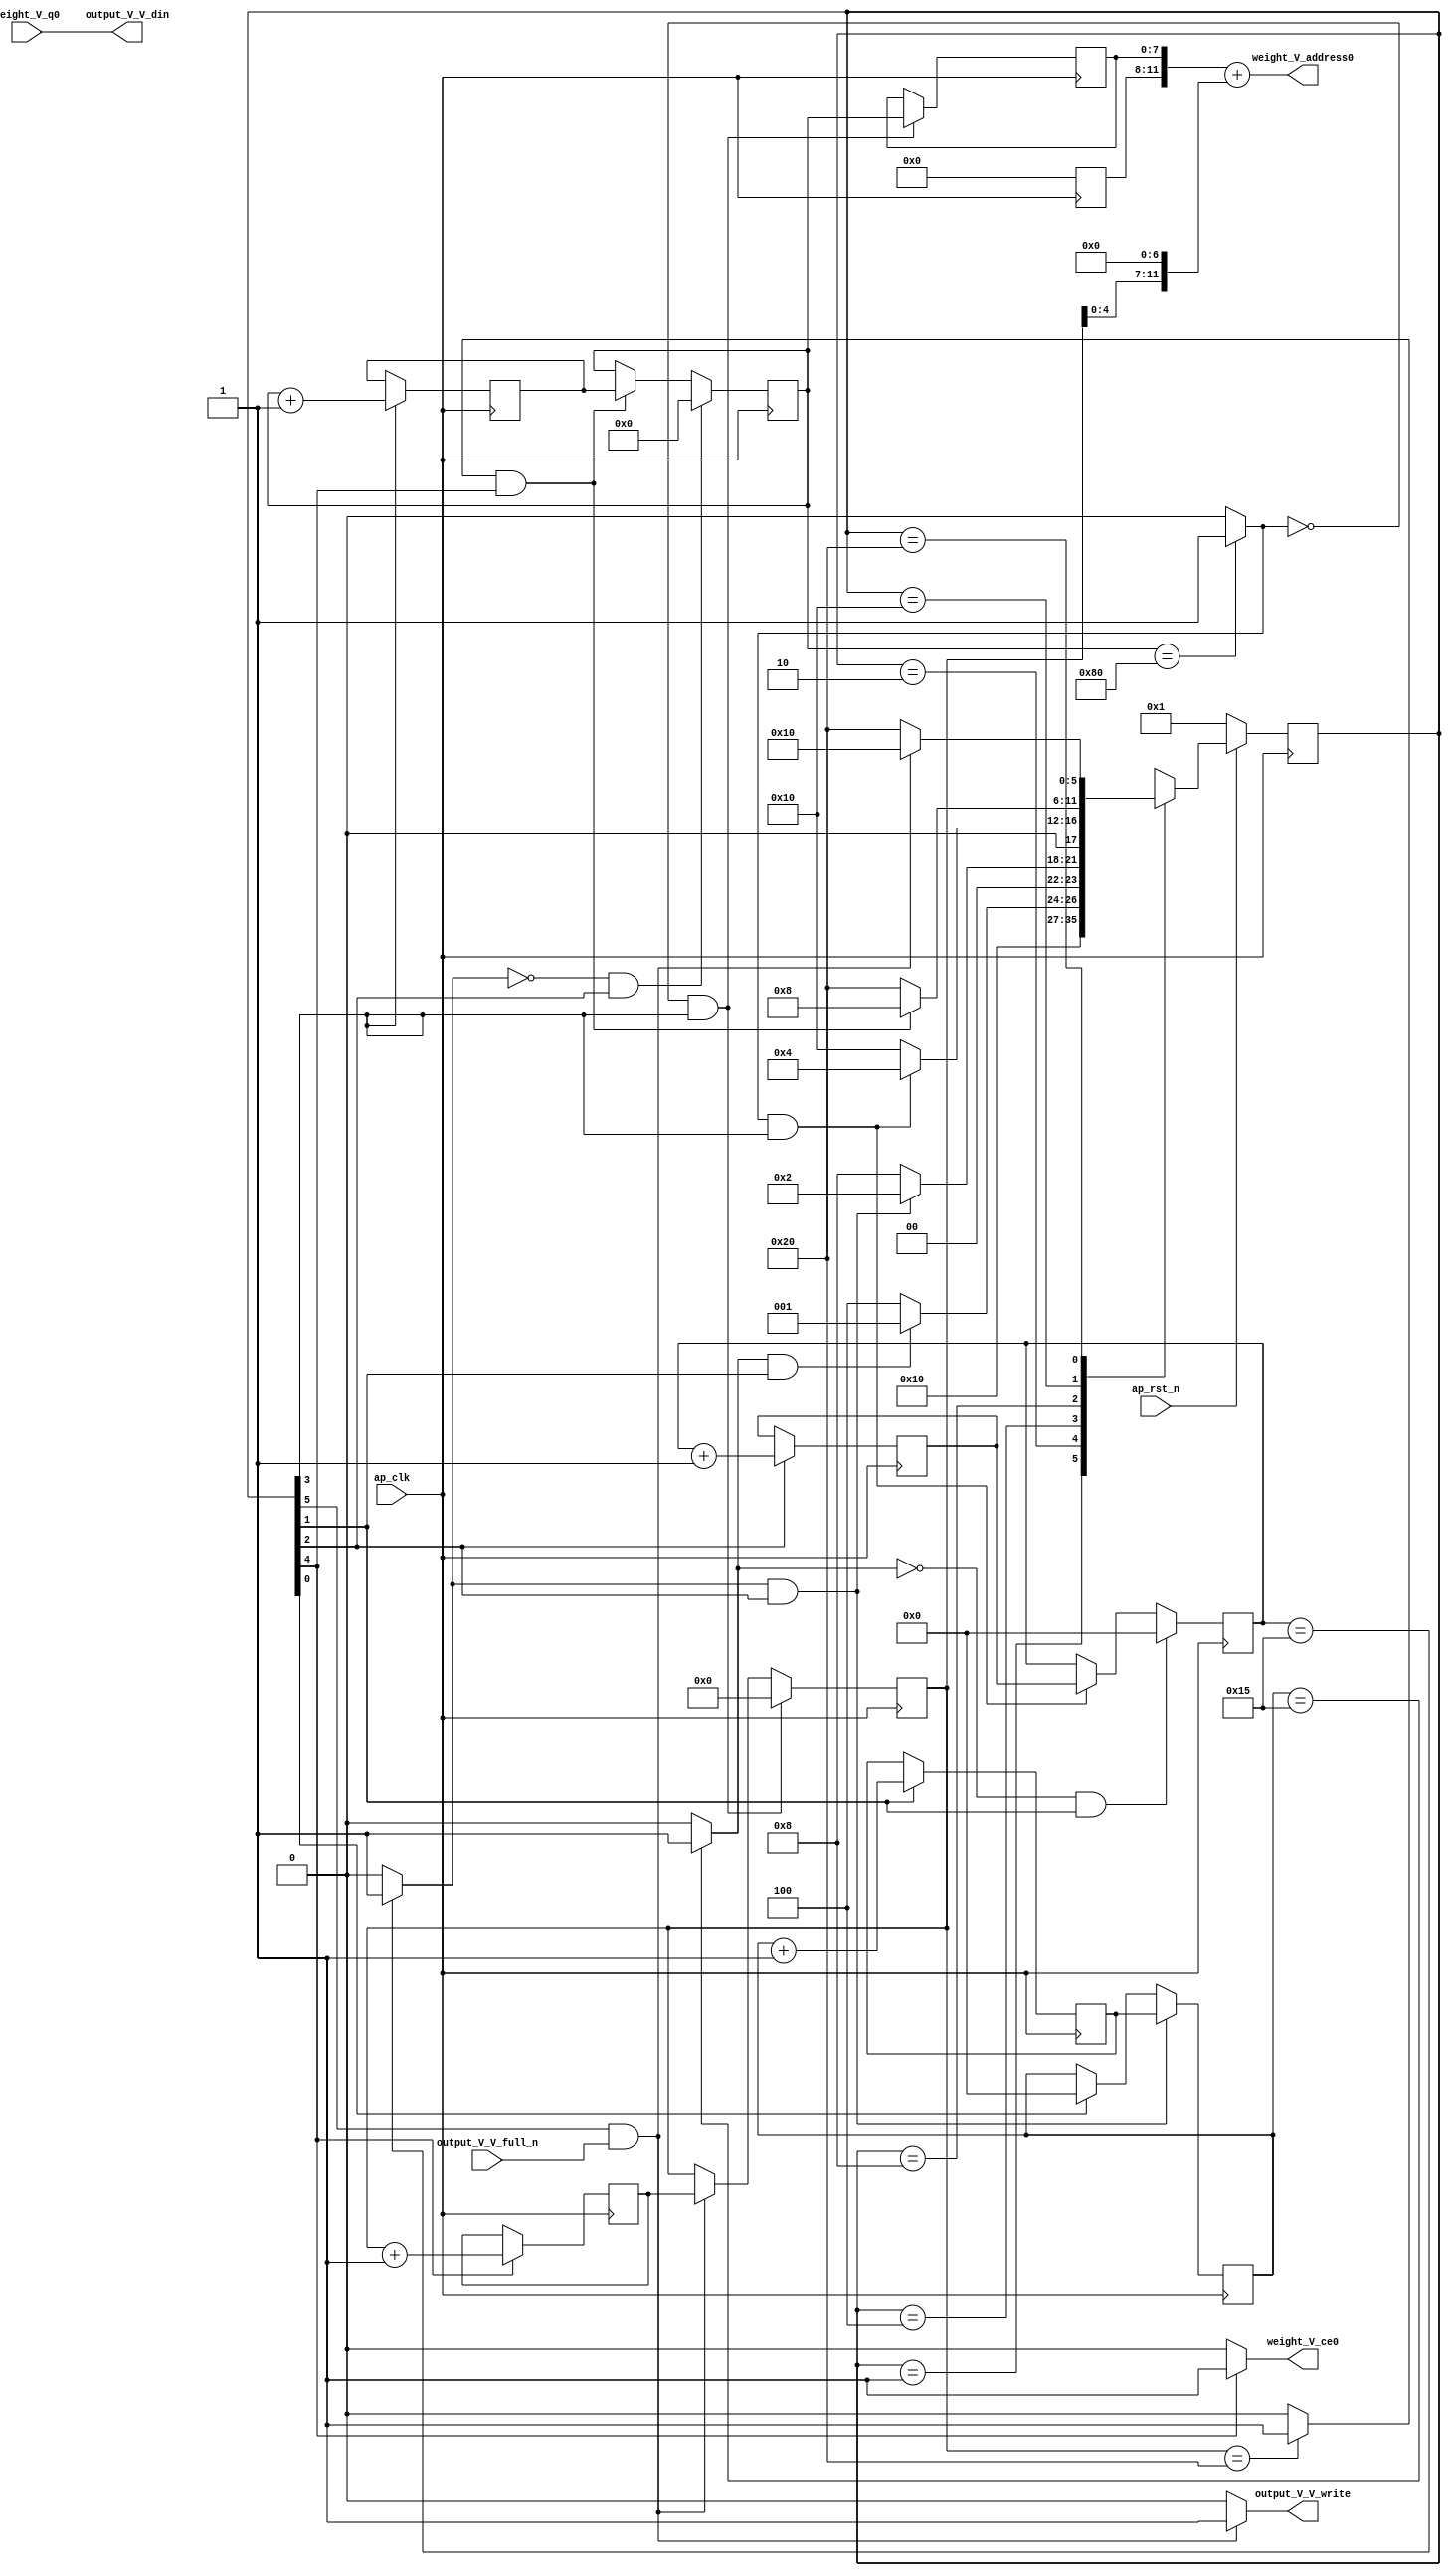
// ==============================================================
// RTL generated by Vivado(TM) HLS - High-Level Synthesis from C, C++ and SystemC
// Version: 2017.4
// Copyright (C) 1986-2017 Xilinx, Inc. All Rights Reserved.
// 
// ===========================================================

`timescale 1 ns / 1 ps 

(* CORE_GENERATION_INFO="weight_s_18,hls_ip_2017_4,{HLS_INPUT_TYPE=cxx,HLS_INPUT_FLOAT=0,HLS_INPUT_FIXED=1,HLS_INPUT_PART=xc7z020clg484-1,HLS_INPUT_CLOCK=10.000000,HLS_INPUT_ARCH=others,HLS_SYN_CLOCK=6.888000,HLS_SYN_LAT=3726493,HLS_SYN_TPT=none,HLS_SYN_MEM=0,HLS_SYN_DSP=0,HLS_SYN_FF=62,HLS_SYN_LUT=210}" *)

module weight_s_18 (
        ap_clk,
        ap_rst_n,
        output_V_V_din,
        output_V_V_full_n,
        output_V_V_write,
        weight_V_address0,
        weight_V_ce0,
        weight_V_q0
);

parameter    ap_ST_fsm_state1 = 6'd1;
parameter    ap_ST_fsm_state2 = 6'd2;
parameter    ap_ST_fsm_state3 = 6'd4;
parameter    ap_ST_fsm_state4 = 6'd8;
parameter    ap_ST_fsm_state5 = 6'd16;
parameter    ap_ST_fsm_state6 = 6'd32;

input   ap_clk;
input   ap_rst_n;
output  [7:0] output_V_V_din;
input   output_V_V_full_n;
output   output_V_V_write;
output  [11:0] weight_V_address0;
output   weight_V_ce0;
input  [7:0] weight_V_q0;

reg output_V_V_write;
reg weight_V_ce0;

reg    ap_rst_n_inv;
reg    output_V_V_blk_n;
(* fsm_encoding = "none" *) reg   [5:0] ap_CS_fsm;
wire    ap_CS_fsm_state6;
wire   [4:0] hout_1_fu_140_p2;
reg   [4:0] hout_1_reg_211;
wire    ap_CS_fsm_state2;
wire   [4:0] wout_1_fu_152_p2;
reg   [4:0] wout_1_reg_219;
wire    ap_CS_fsm_state3;
wire   [7:0] pkern_1_fu_164_p2;
reg   [7:0] pkern_1_reg_227;
wire    ap_CS_fsm_state4;
wire   [13:0] tmp_4_cast_fu_170_p1;
reg   [13:0] tmp_4_cast_reg_232;
wire   [0:0] exitcond7_fu_158_p2;
wire   [5:0] pout_1_fu_180_p2;
reg   [5:0] pout_1_reg_240;
wire    ap_CS_fsm_state5;
wire   [0:0] exitcond_fu_174_p2;
reg   [4:0] hout_reg_90;
wire    ap_CS_fsm_state1;
wire   [0:0] exitcond2_fu_146_p2;
reg   [4:0] wout_reg_101;
wire   [0:0] exitcond1_fu_134_p2;
reg   [7:0] pkern_reg_112;
reg   [5:0] pout_reg_123;
wire   [63:0] tmp_2_cast_fu_203_p1;
wire   [12:0] tmp_fu_186_p3;
wire   [13:0] tmp_1_cast_fu_194_p1;
wire   [13:0] tmp_2_fu_198_p2;
reg   [5:0] ap_NS_fsm;

// power-on initialization
initial begin
#0 ap_CS_fsm = 6'd1;
end

always @ (posedge ap_clk) begin
    if (ap_rst_n_inv == 1'b1) begin
        ap_CS_fsm <= ap_ST_fsm_state1;
    end else begin
        ap_CS_fsm <= ap_NS_fsm;
    end
end

always @ (posedge ap_clk) begin
    if (((exitcond2_fu_146_p2 == 1'd1) & (1'b1 == ap_CS_fsm_state3))) begin
        hout_reg_90 <= hout_1_reg_211;
    end else if ((1'b1 == ap_CS_fsm_state1)) begin
        hout_reg_90 <= 5'd0;
    end
end

always @ (posedge ap_clk) begin
    if (((exitcond2_fu_146_p2 == 1'd0) & (1'b1 == ap_CS_fsm_state3))) begin
        pkern_reg_112 <= 8'd0;
    end else if (((exitcond_fu_174_p2 == 1'd1) & (1'b1 == ap_CS_fsm_state5))) begin
        pkern_reg_112 <= pkern_1_reg_227;
    end
end

always @ (posedge ap_clk) begin
    if (((exitcond7_fu_158_p2 == 1'd0) & (1'b1 == ap_CS_fsm_state4))) begin
        pout_reg_123 <= 6'd0;
    end else if (((1'b1 == ap_CS_fsm_state6) & (output_V_V_full_n == 1'b1))) begin
        pout_reg_123 <= pout_1_reg_240;
    end
end

always @ (posedge ap_clk) begin
    if (((exitcond1_fu_134_p2 == 1'd0) & (1'b1 == ap_CS_fsm_state2))) begin
        wout_reg_101 <= 5'd0;
    end else if (((exitcond7_fu_158_p2 == 1'd1) & (1'b1 == ap_CS_fsm_state4))) begin
        wout_reg_101 <= wout_1_reg_219;
    end
end

always @ (posedge ap_clk) begin
    if ((1'b1 == ap_CS_fsm_state2)) begin
        hout_1_reg_211 <= hout_1_fu_140_p2;
    end
end

always @ (posedge ap_clk) begin
    if ((1'b1 == ap_CS_fsm_state4)) begin
        pkern_1_reg_227 <= pkern_1_fu_164_p2;
    end
end

always @ (posedge ap_clk) begin
    if ((1'b1 == ap_CS_fsm_state5)) begin
        pout_1_reg_240 <= pout_1_fu_180_p2;
    end
end

always @ (posedge ap_clk) begin
    if (((exitcond7_fu_158_p2 == 1'd0) & (1'b1 == ap_CS_fsm_state4))) begin
        tmp_4_cast_reg_232[7 : 0] <= tmp_4_cast_fu_170_p1[7 : 0];
    end
end

always @ (posedge ap_clk) begin
    if ((1'b1 == ap_CS_fsm_state3)) begin
        wout_1_reg_219 <= wout_1_fu_152_p2;
    end
end

always @ (*) begin
    if ((1'b1 == ap_CS_fsm_state6)) begin
        output_V_V_blk_n = output_V_V_full_n;
    end else begin
        output_V_V_blk_n = 1'b1;
    end
end

always @ (*) begin
    if (((1'b1 == ap_CS_fsm_state6) & (output_V_V_full_n == 1'b1))) begin
        output_V_V_write = 1'b1;
    end else begin
        output_V_V_write = 1'b0;
    end
end

always @ (*) begin
    if ((1'b1 == ap_CS_fsm_state5)) begin
        weight_V_ce0 = 1'b1;
    end else begin
        weight_V_ce0 = 1'b0;
    end
end

always @ (*) begin
    case (ap_CS_fsm)
        ap_ST_fsm_state1 : begin
            ap_NS_fsm = ap_ST_fsm_state2;
        end
        ap_ST_fsm_state2 : begin
            if (((exitcond1_fu_134_p2 == 1'd1) & (1'b1 == ap_CS_fsm_state2))) begin
                ap_NS_fsm = ap_ST_fsm_state1;
            end else begin
                ap_NS_fsm = ap_ST_fsm_state3;
            end
        end
        ap_ST_fsm_state3 : begin
            if (((exitcond2_fu_146_p2 == 1'd1) & (1'b1 == ap_CS_fsm_state3))) begin
                ap_NS_fsm = ap_ST_fsm_state2;
            end else begin
                ap_NS_fsm = ap_ST_fsm_state4;
            end
        end
        ap_ST_fsm_state4 : begin
            if (((exitcond7_fu_158_p2 == 1'd1) & (1'b1 == ap_CS_fsm_state4))) begin
                ap_NS_fsm = ap_ST_fsm_state3;
            end else begin
                ap_NS_fsm = ap_ST_fsm_state5;
            end
        end
        ap_ST_fsm_state5 : begin
            if (((exitcond_fu_174_p2 == 1'd1) & (1'b1 == ap_CS_fsm_state5))) begin
                ap_NS_fsm = ap_ST_fsm_state4;
            end else begin
                ap_NS_fsm = ap_ST_fsm_state6;
            end
        end
        ap_ST_fsm_state6 : begin
            if (((1'b1 == ap_CS_fsm_state6) & (output_V_V_full_n == 1'b1))) begin
                ap_NS_fsm = ap_ST_fsm_state5;
            end else begin
                ap_NS_fsm = ap_ST_fsm_state6;
            end
        end
        default : begin
            ap_NS_fsm = 'bx;
        end
    endcase
end

assign ap_CS_fsm_state1 = ap_CS_fsm[32'd0];

assign ap_CS_fsm_state2 = ap_CS_fsm[32'd1];

assign ap_CS_fsm_state3 = ap_CS_fsm[32'd2];

assign ap_CS_fsm_state4 = ap_CS_fsm[32'd3];

assign ap_CS_fsm_state5 = ap_CS_fsm[32'd4];

assign ap_CS_fsm_state6 = ap_CS_fsm[32'd5];

always @ (*) begin
    ap_rst_n_inv = ~ap_rst_n;
end

assign exitcond1_fu_134_p2 = ((hout_reg_90 == 5'd21) ? 1'b1 : 1'b0);

assign exitcond2_fu_146_p2 = ((wout_reg_101 == 5'd21) ? 1'b1 : 1'b0);

assign exitcond7_fu_158_p2 = ((pkern_reg_112 == 8'd128) ? 1'b1 : 1'b0);

assign exitcond_fu_174_p2 = ((pout_reg_123 == 6'd32) ? 1'b1 : 1'b0);

assign hout_1_fu_140_p2 = (hout_reg_90 + 5'd1);

assign output_V_V_din = weight_V_q0;

assign pkern_1_fu_164_p2 = (pkern_reg_112 + 8'd1);

assign pout_1_fu_180_p2 = (pout_reg_123 + 6'd1);

assign tmp_1_cast_fu_194_p1 = tmp_fu_186_p3;

assign tmp_2_cast_fu_203_p1 = tmp_2_fu_198_p2;

assign tmp_2_fu_198_p2 = (tmp_4_cast_reg_232 + tmp_1_cast_fu_194_p1);

assign tmp_4_cast_fu_170_p1 = pkern_reg_112;

assign tmp_fu_186_p3 = {{pout_reg_123}, {7'd0}};

assign weight_V_address0 = tmp_2_cast_fu_203_p1;

assign wout_1_fu_152_p2 = (wout_reg_101 + 5'd1);

always @ (posedge ap_clk) begin
    tmp_4_cast_reg_232[13:8] <= 6'b000000;
end

endmodule //weight_s_18